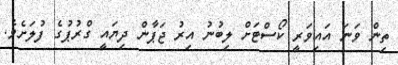
ތިން ވަނަ އައިވަރީ ކޯސްޓަށް ލިބުނު އިރު ޖަޕާން ދިޔައީ ގްރުޕުގެ ފުލަށެވެ.